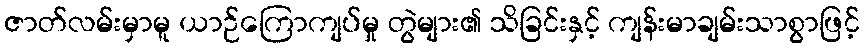
ဇာတ်လမ်းမှာမူ ယာဉ်ကြောကျပ်မှု တွဲများ၏ သိခြင်းနှင့် ကျန်းမာချမ်းသာစွာဖြင့်